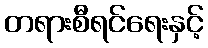
တရားစီရင်ရေးနှင့်